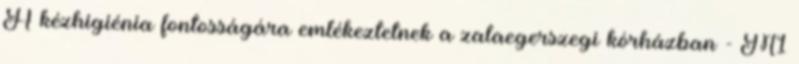
A kézhigiénia fontosságára emlékeztetnek a zalaegerszegi kórházban - M1